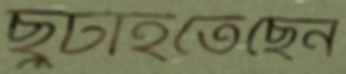
ছুটাইতেছেন